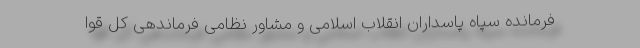
فرمانده سپاه پاسداران انقلاب اسلامی و مشاور نظامی فرماندهی کل قوا